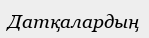
Датқалардың